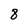
Character: 8